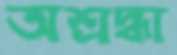
অশ্রদ্ধা